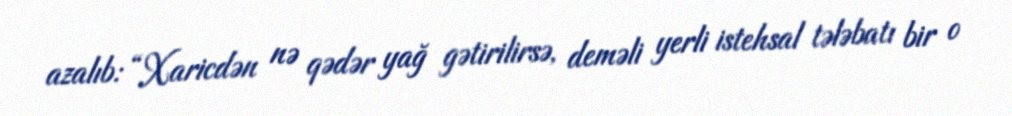
azalıb: “Xaricdən nə qədər yağ gətirilirsə, deməli yerli istehsal tələbatı bir o